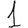
Digit: 1